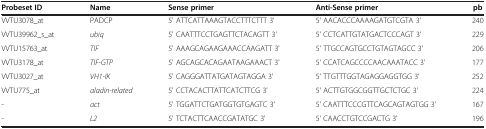
| Probeset ID | Name | Sense primer | Anti-Sense primer | pb |
 | --- | --- | --- | --- | --- |
 | VVTU3078_at | PADCP | 5' ATTCATTAAAGTACCTTTCTTT 3' | 5' AACACCCAAAAGATGTCGTA 3' | 240 |
 | VVTU39962_s_at | ubiq | 5' CAATTTCCTGAGTTCTACAGTT 3' | 5' CCTCATTGTATGACTCCCAGT 3' | 229 |
 | VVTU15763_at | TIF | 5' AAAGCAGAAGAAACCAAGATT 3' | 5' TTGCCAGTGCCTGTAGTAGCC 3' | 206 |
 | VVTU3178_at | TIF-GTP | 5' AGCAGCACAGAATAAGAAACT 3' | 5' CCATCAGCCCCAACAAATACC 3' | 177 |
 | VVTU3027_at | VH1-IK | 5' CAGGGATTATGATAGTAGGA 3' | 5' TTGTTTGGTAGAGGAGGTGG 3' | 252 |
 | VVTU775_at | aladin-related | 5' CCTACACTTATTCATCTTCG 3' | 5' ACTTGTGGCGGTTGCTCTGC 3' | 224 |
 | - | act | 5 ́ TGGATTCTGATGGTGTGAGTC 3' | 5' CAATTTCCCGTTCAGCAGTAGTGG 3' | 167 |
 | - | L2 | 5' TCTACTTCAACCGATATGC 3' | 5' CAACCTGTCCGACTG 3' | 196 |